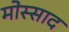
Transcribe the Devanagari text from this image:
मोस्साद